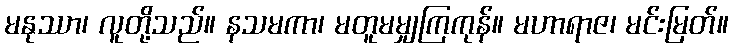
မနုဿာ၊ လူတို့သည်။ နသမကာ၊ မတူမမျှကြကုန်။ မဟာရာဇ၊ မင်းမြတ်။